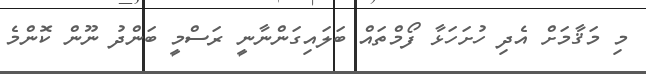
މި މަޤާމަށް އެދި ހުށަހަޅާ ފޯމްތައް ބަލައިގަންނާނީ ރަސްމީ ބަންދު ނޫން ކޮންމެ